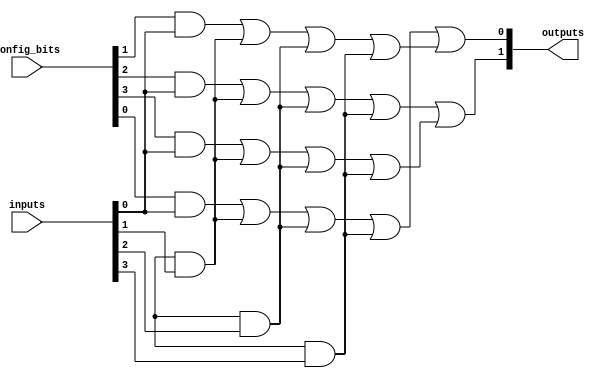
module FlashProgrammablePAL (
    input wire [N-1:0] inputs,         // N input lines
    input wire [M-1:0] config_bits,     // M configuration bits for AND gates
    output wire [P-1:0] outputs         // P output lines
);

parameter N = 8;                       // Number of input lines
parameter M = 4;                       // Number of AND gates
parameter P = 2;                       // Number of output lines

// Intermediate wires for AND gate outputs
wire [M-1:0] and_outputs;

// Programmable AND array
genvar i;
generate
    for (i = 0; i < M; i = i + 1) begin : and_array
        assign and_outputs[i] = (config_bits[i] & inputs[0]) |
                                 (config_bits[i+M] & inputs[1]) |
                                 (config_bits[i+2*M] & inputs[2]) |
                                 (config_bits[i+3*M] & inputs[3]);
    end
endgenerate

// Fixed OR array
assign outputs[0] = and_outputs[0] | and_outputs[1];
assign outputs[1] = and_outputs[2] | and_outputs[3];

endmodule